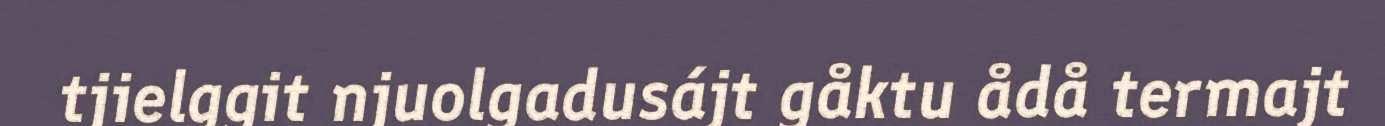
tjielggit njuolgadusájt gåktu ådå termajt